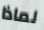
لماذا